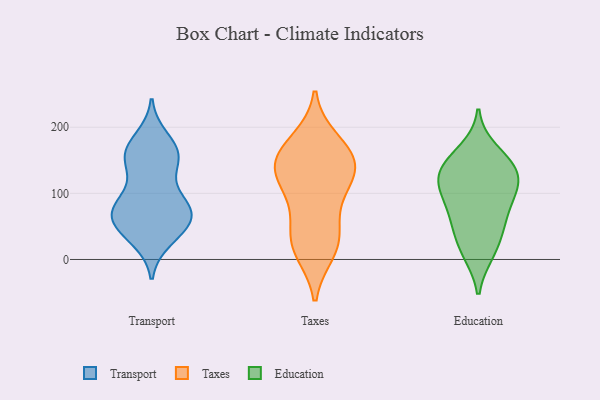
{"axis": {"x": "Production Output", "y": "Value"}, "legend": ["Education", "Taxes", "Transport"], "data": [{"x": "", "y": 56, "type": "Transport"}, {"x": "", "y": 71, "type": "Transport"}, {"x": "", "y": 153, "type": "Transport"}, {"x": "", "y": 146, "type": "Transport"}, {"x": "", "y": 183, "type": "Transport"}, {"x": "", "y": 39, "type": "Transport"}, {"x": "", "y": 77, "type": "Transport"}, {"x": "", "y": 171, "type": "Transport"}, {"x": "", "y": 165, "type": "Transport"}, {"x": "", "y": 77, "type": "Transport"}, {"x": "", "y": 145, "type": "Transport"}, {"x": "", "y": 66, "type": "Transport"}, {"x": "", "y": 30, "type": "Transport"}, {"x": "", "y": 155, "type": "Transport"}, {"x": "", "y": 97, "type": "Transport"}, {"x": "", "y": 91, "type": "Transport"}, {"x": "", "y": 40, "type": "Transport"}, {"x": "", "y": 61, "type": "Transport"}, {"x": "", "y": 71, "type": "Transport"}, {"x": "", "y": 85, "type": "Taxes"}, {"x": "", "y": 13, "type": "Taxes"}, {"x": "", "y": 146, "type": "Taxes"}, {"x": "", "y": 107, "type": "Taxes"}, {"x": "", "y": 145, "type": "Taxes"}, {"x": "", "y": 44, "type": "Taxes"}, {"x": "", "y": 179, "type": "Taxes"}, {"x": "", "y": 169, "type": "Taxes"}, {"x": "", "y": 150, "type": "Taxes"}, {"x": "", "y": 22, "type": "Taxes"}, {"x": "", "y": 133, "type": "Taxes"}, {"x": "", "y": 26, "type": "Taxes"}, {"x": "", "y": 127, "type": "Taxes"}, {"x": "", "y": 46, "type": "Education"}, {"x": "", "y": 54, "type": "Education"}, {"x": "", "y": 13, "type": "Education"}, {"x": "", "y": 112, "type": "Education"}, {"x": "", "y": 95, "type": "Education"}, {"x": "", "y": 165, "type": "Education"}, {"x": "", "y": 64, "type": "Education"}, {"x": "", "y": 95, "type": "Education"}, {"x": "", "y": 143, "type": "Education"}, {"x": "", "y": 10, "type": "Education"}, {"x": "", "y": 135, "type": "Education"}, {"x": "", "y": 110, "type": "Education"}, {"x": "", "y": 143, "type": "Education"}, {"x": "", "y": 131, "type": "Education"}]}